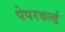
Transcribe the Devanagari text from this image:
पेपरवर्ल्ड